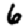
Digit: 6